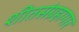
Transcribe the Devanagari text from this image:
शीतसंग्रहागार